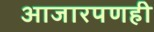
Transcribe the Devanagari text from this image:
आजारपणही